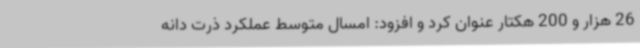
26 هزار و 200 هکتار عنوان کرد و افزود: امسال متوسط عملکرد ذرت دانه